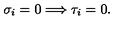
\sigma _ { i } = 0 \Longrightarrow \tau _ { i } = 0 .